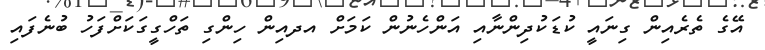
އޭގެ ތެރެއިން ގިނައީ ކުޑަކުދިންނާއި އަންހެނުން ކަމަށް އދއިން ހިންގި ތަހްގީގަކަށްފަހު ބުނެފައި